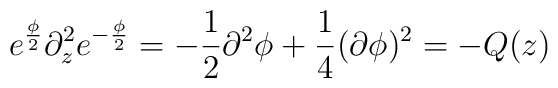
e^{\frac{\phi}{2}}\partial_z^2 e^{-\frac{\phi}{2}} = -\frac{1}{2}\partial^2 \phi+\frac{1}{4} (\partial\phi)^2 = -Q(z)